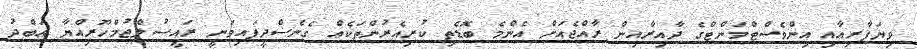
ވިޔަފާރިއާއި އިންވެސްޓްމަންޓްގެ ދާއިރާއިން ރާއްޖެއަށް އެންމެ ބޮޑެތި ކުރިއެރުންތަކެއް ގެނެސްދީފައިވަނީ ރައީސުލްޖުމްހޫރިއްޔާ ޢަބްދު